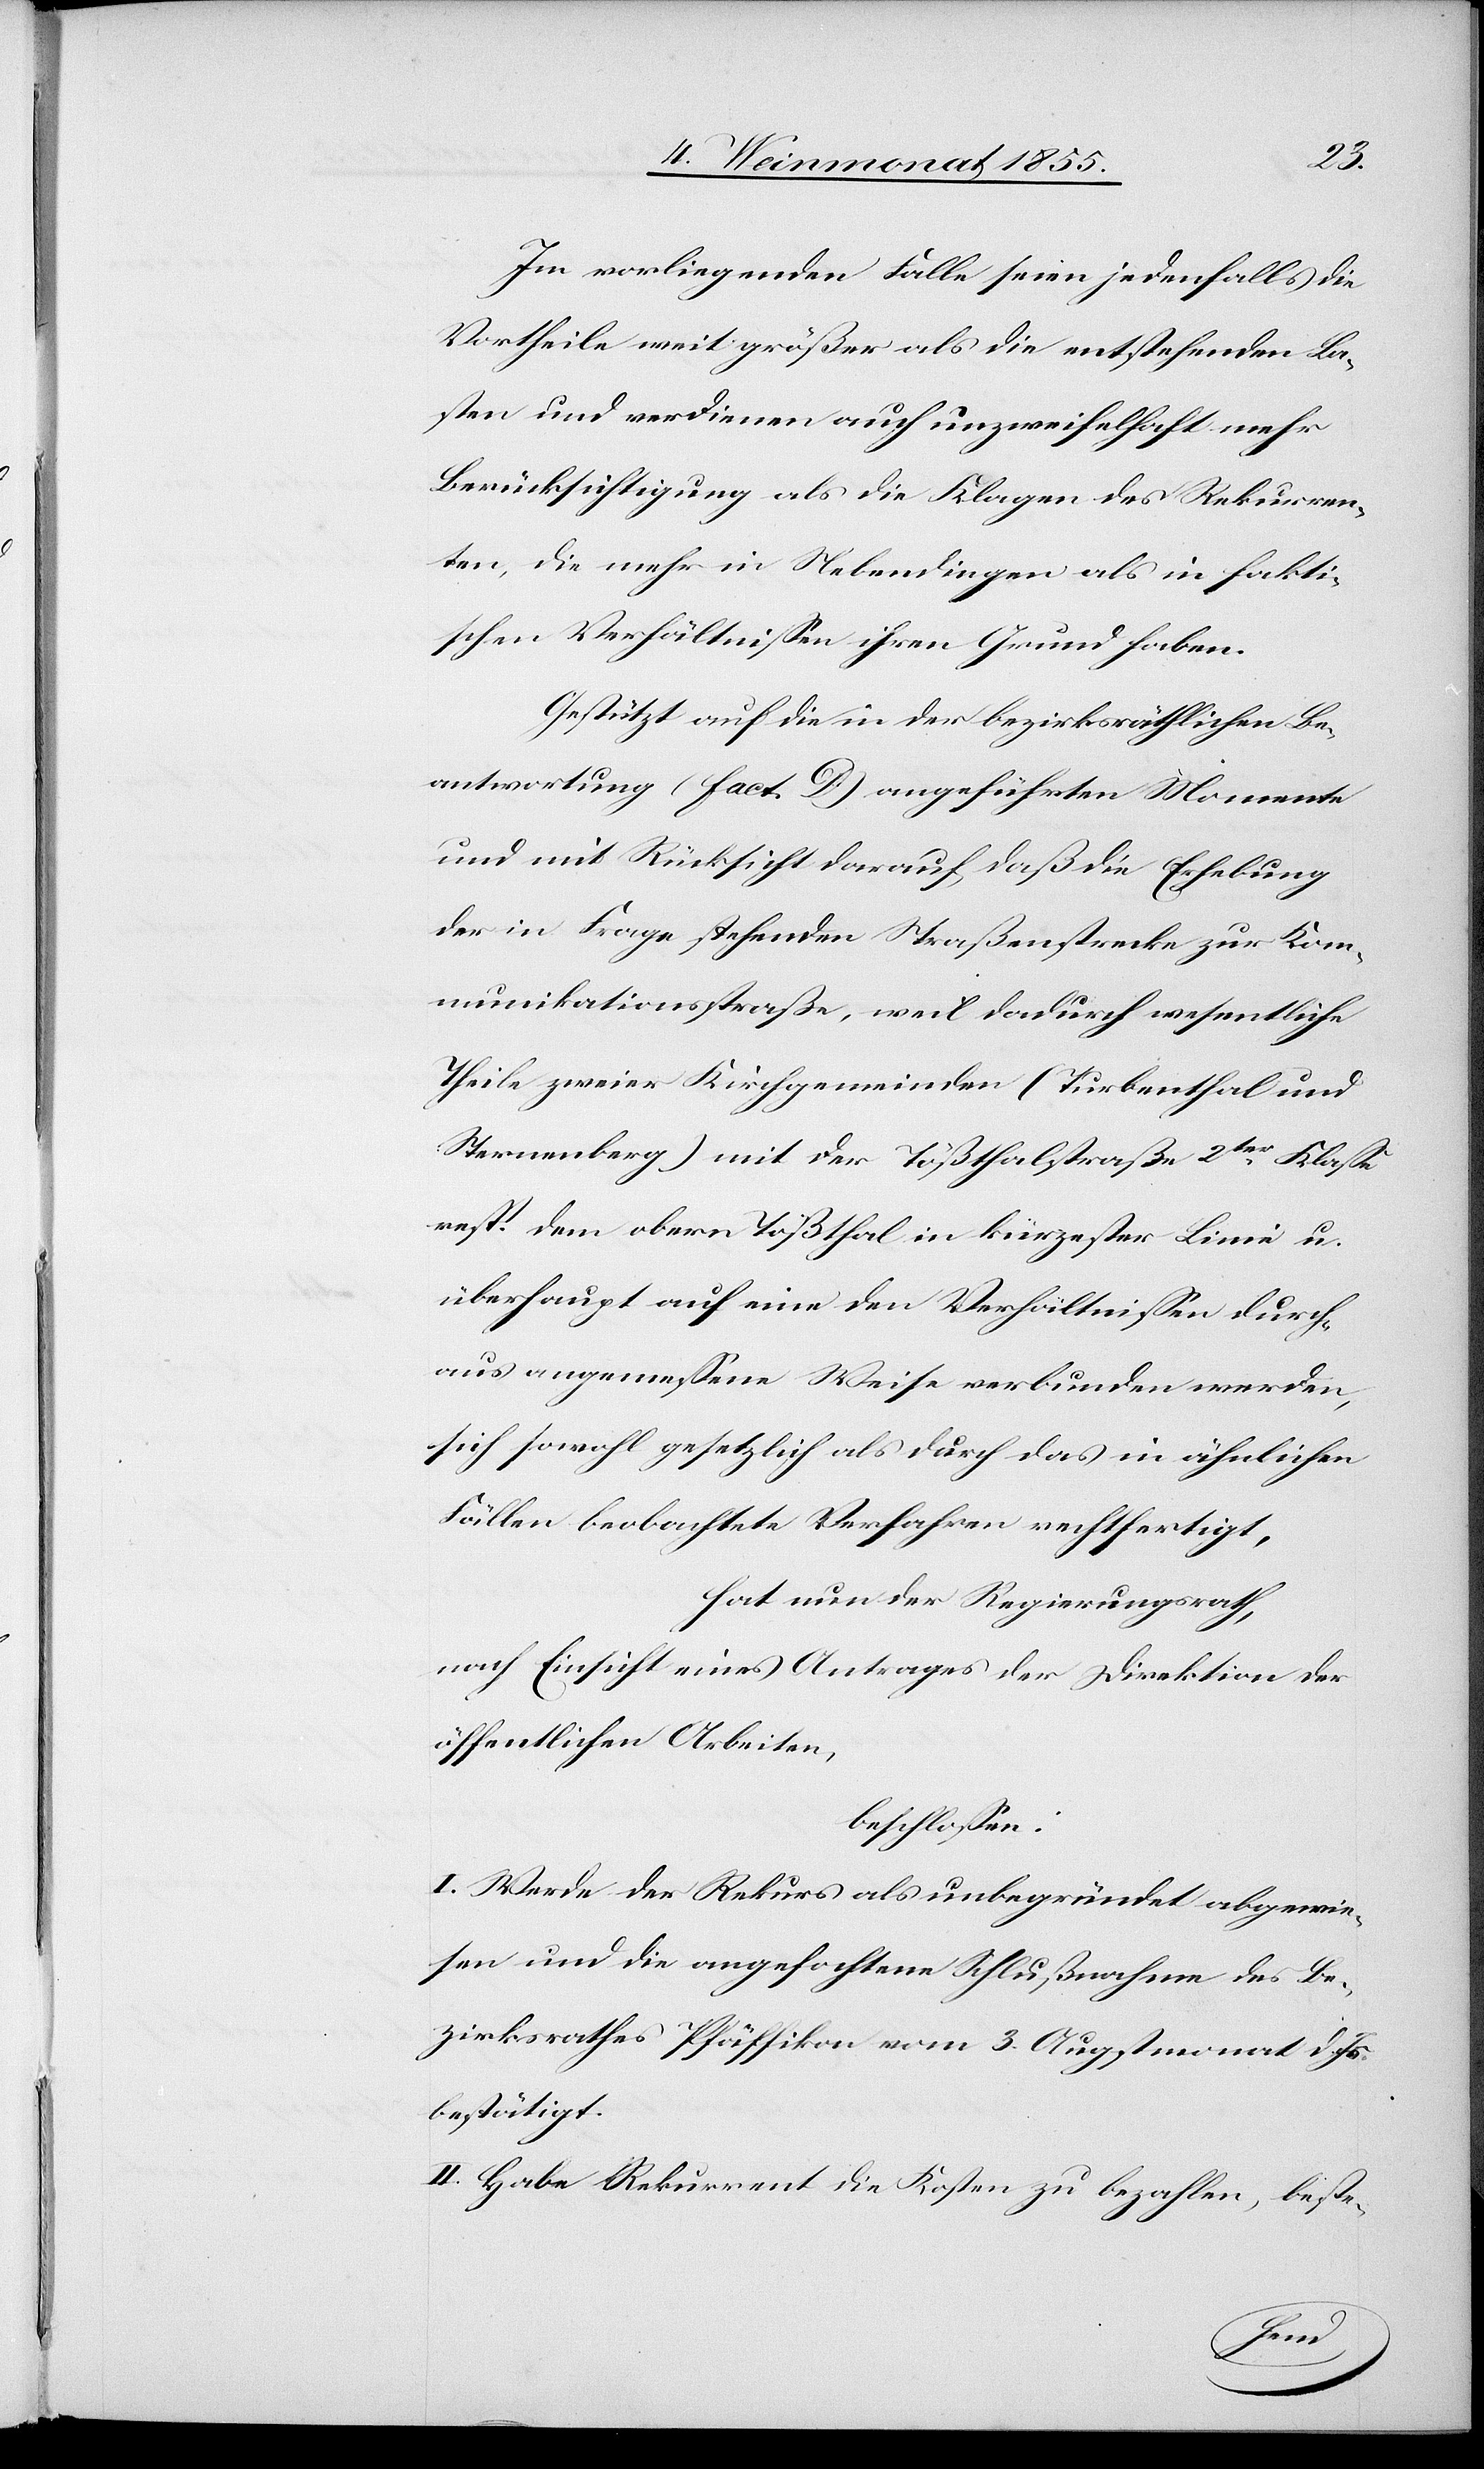
Im vorliegenden Falle seien jedenfalls die
Vortheile weit größer als die entstehenden La¬
sten und verdienen auch unzweifelhaft mehr
Berücksichtigung als die Klagen des Rekurren¬
ten, die mehr in Nebendingen als in fakti¬
schen Verhältnissen ihren Grund haben.
Gestützt auf die in der bezirksräthlichen Be¬
antwortung (Fact. D) angeführten Momente
und mit Rücksicht darauf, daß die Erhebung
der in Frage stehenden Straßenstrecke zur Kom¬
munikationsstraße, weil dadurch wesentliche
Theile zweier Kirchgemeinden (Turbenthal und
Sternenberg) mit der Tößthalstraße 2ter Klasse
resp. dem obern Tößthal in kürzester Linie u.
überhaupt auf eine den Verhältnissen durch¬
aus angemessene Weise verbunden werden,
sich sowohl gesetzlich als durch das in ähnlichen
Fällen beobachtete Verfahren rechtfertigt,
hat nun der Regierungsrath,
nach Einsicht eines Antrages der Direktion der
öffentlichen Arbeiten,
beschlossen:
I. Werde der Rekurs als unbegründet abgewie¬
sen und die angefochtene Schlußnahme des Be¬
zirksrathes Pfäffikon vom 3. Augstmonat d. Js.
bestätigt.
II. Habe Rekurrent die Kosten zu bezahlen, beste-